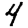
Digit: 4